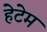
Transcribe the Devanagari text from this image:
हेटेम